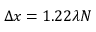
\Delta x = 1 . 2 2 \lambda N